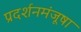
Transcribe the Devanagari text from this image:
प्रदर्शनमंजूषा